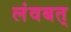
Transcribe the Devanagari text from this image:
लंवबत्‌